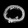
Digit: ၀